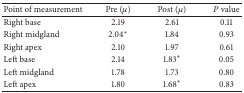
| Point of measurement | Pre (μ) | Post (μ) | P value |
 | --- | --- | --- | --- |
 | Right base | 2.19 | 2.61 | 0.11 |
 | Right midgland | 2.04* | 1.84 | 0.93 |
 | Right apex | 2.10 | 1.97 | 0.61 |
 | Left base | 2.14 | 1.83* | 0.05 |
 | Left midgland | 1.78 | 1.73 | 0.80 |
 | Left apex | 1.80 | 1.68* | 0.83 |